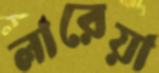
লারেয়া